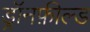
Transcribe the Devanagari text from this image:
ड्रॉनफ़ील्ड